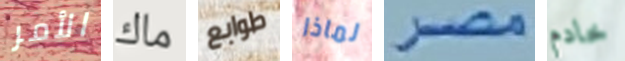
الأمر ماك طوابع لماذا مصر خادم